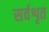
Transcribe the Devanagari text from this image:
सर्वशृत